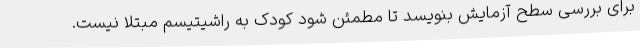
برای بررسی سطح آزمایش بنویسد تا مطمئن شود کودک به راشیتیسم مبتلا نیست.